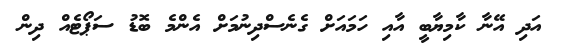
އަދި އޭނާ ކާމިޔާބީ އާއި ހަމައަށް ގެނެސްދިނުމަށް އެންމެ ބޮޑު ސަޕޯޓެއް ދިން